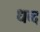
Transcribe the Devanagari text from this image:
धब्द